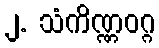
၂. သံကိဏ္ဏဝဂ္ဂ